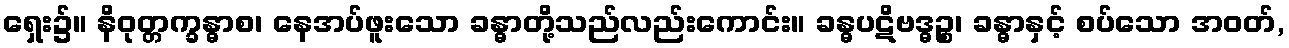
ရှေး၌။ နိဝုတ္တက္ခန္ဓာစ၊ နေအပ်ဖူးသော ခန္ဓာတို့သည်လည်းကောင်း။ ခန္ဓပဋိဗဒ္ဓဉ္စ၊ ခန္ဓာနှင့် စပ်သော အဝတ်,